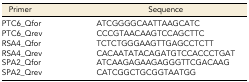
<table><thead><tr><td><b>Primer</b></td><td><b>Sequence</b></td></tr></thead><tbody><tr><td>PTC6_Qfor</td><td>ATCGGGGCAATTAAGCATC</td></tr><tr><td>PTC6_Qrev</td><td>CCCGTAACAAGTCCAGCTTC</td></tr><tr><td>RSA4_Qfor</td><td>TCTCTGGGAAGTTGAGCCTCTT</td></tr><tr><td>RSA4_Qrev</td><td>CACAATATACAGATGTCCACCCTGAT</td></tr><tr><td>SPA2_Qfor</td><td>ATCAAGAGAAGAGGGTTCGACAAG</td></tr><tr><td>SPA2_Qrev</td><td>CATCGGCTGCGGTAATGG</td></tr></tbody></table>